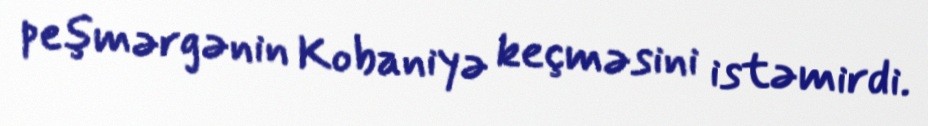
peşmərgənin Kobaniyə keçməsini istəmirdi.